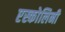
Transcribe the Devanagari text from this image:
एस्कोलिनी